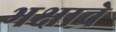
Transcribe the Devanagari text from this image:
भक्षाचे